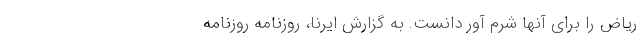
ریاض را برای آنها شرم آور دانست. به گزارش ایرنا، روزنامه روزنامه